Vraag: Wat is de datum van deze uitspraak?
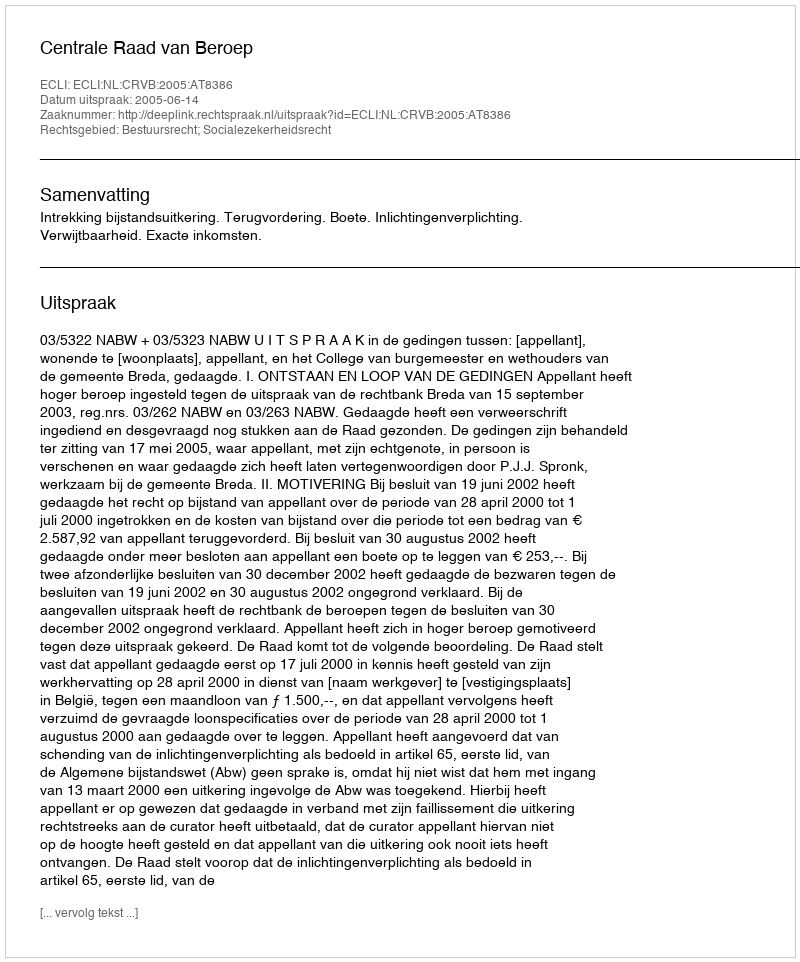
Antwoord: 2005-06-14